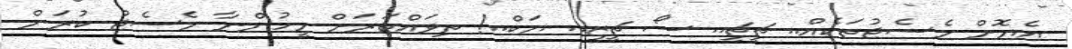
އެޔޮށް މެސެޖުތަކެއް.. ޗީޗީ.. ސޯ ޗީޒީ.. ޔަކް..! ތިވައްތަރަށް މީހުންނާ މެސެޖު ކުރަން